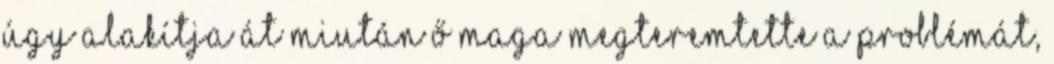
úgy alakítja át miután ő maga megteremtette a problémát,